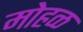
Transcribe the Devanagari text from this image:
मोहळ